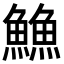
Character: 䲆